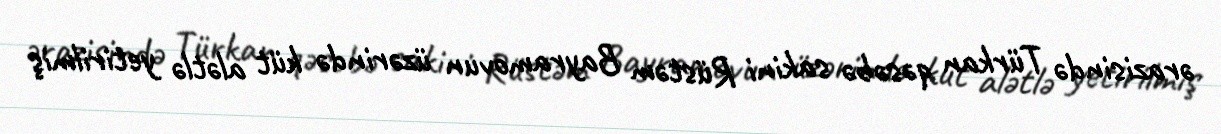
ərazisində Türkan qəsəbə sakini Rüstəm Bayramovun üzərində küt alətlə yetirilmiş